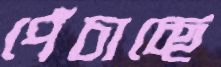
পেঁচাচ্ছে